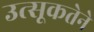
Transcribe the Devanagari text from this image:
उत्सूकतेने